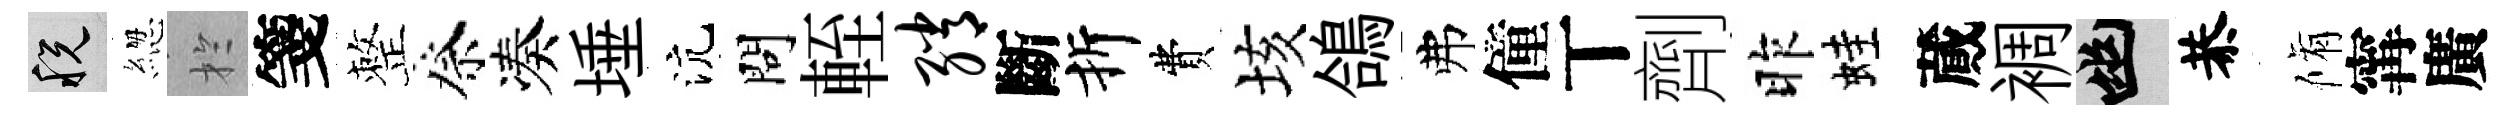
税緫扵箋整祭凑埵沆問輊绡斷折費垓鴿弗僮丅劑昨蛙蕆裯幽恭脩𡩋廣